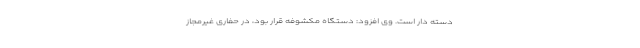
دسته ­دار است. وی افزود: دستگاه مکشوفه قرار بود، در حفاری غیرمجاز